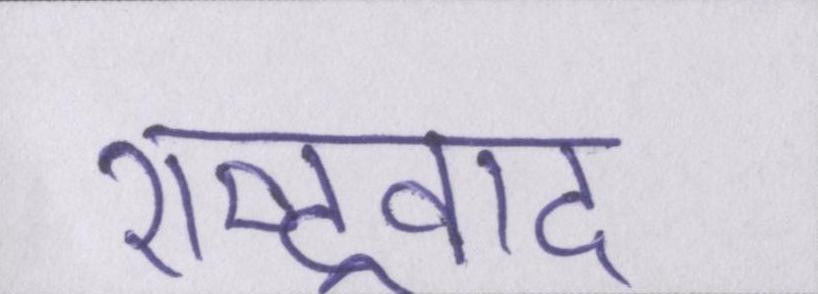
राष्ट्रवाद